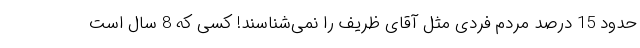
حدود 15 درصد مردم فردی مثل آقای ظریف را نمی‌شناسند! کسی که 8 سال است